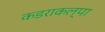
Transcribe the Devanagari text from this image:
कडराकल्पा